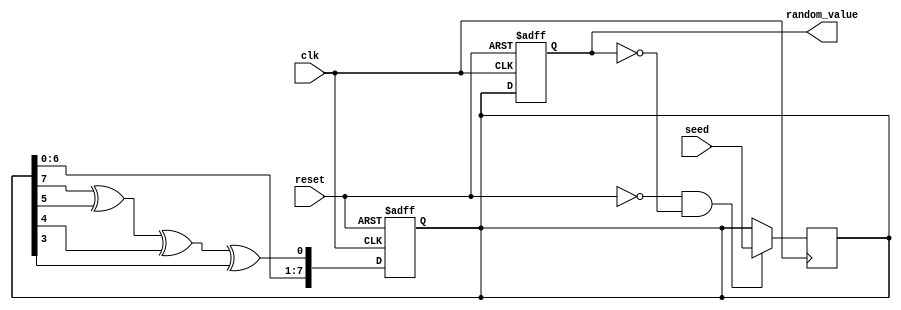
module RandomInitialization #(
    parameter WIDTH = 8 // Width of the random_value output
) (
    input wire clk,
    input wire reset,
    input wire [WIDTH-1:0] seed, // Optional seed input
    output reg [WIDTH-1:0] random_value
);

    // Internal register for the random number generator state
    reg [WIDTH-1:0] lfsr; // Linear Feedback Shift Register

    // LFSR feedback polynomial (example for 8 bits: x^8 + x^6 + x^5 + x^4 + 1)
    wire feedback = lfsr[7] ^ lfsr[5] ^ lfsr[4] ^ lfsr[3];

    // Initialize the LFSR with the seed or a default value
    always @(posedge clk or posedge reset) begin
        if (reset) begin
            // Reset state: Initialize LFSR and output
            lfsr <= 8'h1; // Default seed value, can be adjusted
            random_value <= 0;
        end else begin
            // Update LFSR on clock edge
            lfsr <= {lfsr[WIDTH-2:0], feedback}; // Shift and insert feedback
            random_value <= lfsr; // Update the random value output
        end
    end

    // Seed initialization for reproducibility
    always @(posedge clk) begin
        if (!reset && (random_value == 0)) begin
            lfsr <= seed; // Initialize LFSR with the seed value
        end
    end

endmodule